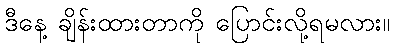
ဒီနေ့ ချိန်းထားတာကို ပြောင်းလို့ရမလား။